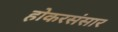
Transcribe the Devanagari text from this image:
होकरसंसार